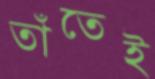
তাঁতেই